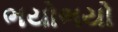
ભયોભયો